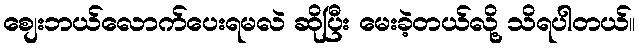
စျေးဘယ်လောက်ပေးရမလဲ ဆိုပြီး မေးခဲ့တယ်လို့ သိရပါတယ်။